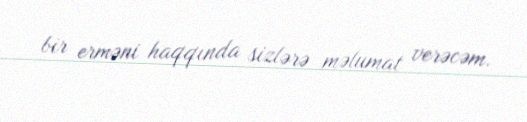
bir erməni haqqında sizlərə məlumat verəcəm.